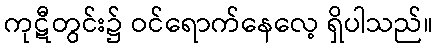
ကုဋီတွင်း၌ ဝင်ရောက်နေလေ့ ရှိပါသည်။